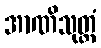
အာဏိသုတ္တံ